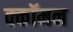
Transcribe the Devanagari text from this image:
क्कॉमन